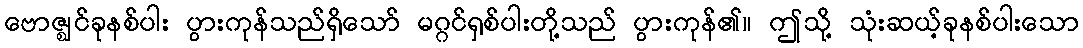
ဗောဇ္ဈင်ခုနစ်ပါး ပွားကုန်သည်ရှိသော် မဂ္ဂင်ရှစ်ပါးတို့သည် ပွားကုန်၏။ ဤသို့ သုံးဆယ့်ခုနစ်ပါးသော